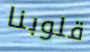
قلوبنا